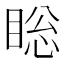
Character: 𰥯